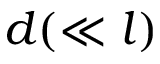
d ( \ll l )